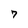
Character: 7